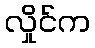
လှိုင်က